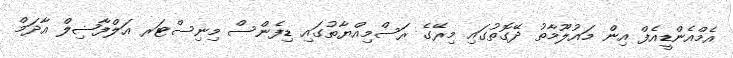
އެމްއެންޑީއެފް އިން މައުލޫމާތު ދޭގޮތުގައި މިރޭގެ ރަސްމިއްޔާތުގައި ޑިފެންސް މިނިސްޓަރ އަލްފާޟިލް އާދަމް